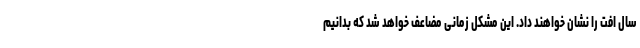
سال افت را نشان خواهند داد. این مشکل زمانی مضاعف خواهد شد که بدانیم